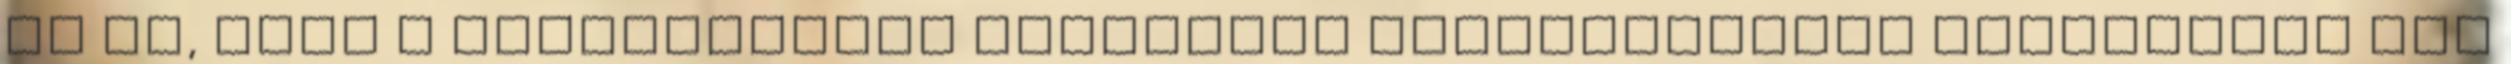
az is, hogy a folyamatosan megjelenő értékeléseket olvasgatva úgy